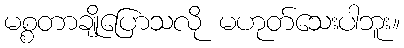
မစ္စတာချိုပြောသလို မဟုတ်သေးပါဘူး။